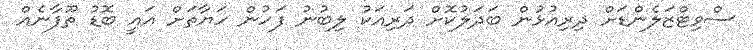
ސްވިޓްޒަލެންޑަށް ދިރިއުޅުން ބަދަލުކޮށް ދަރިއަކު ލިބުނު ފަހުން ހަޔާތަށް އައީ ބޮޑު ތޫފާނެއް